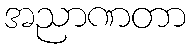
အညာဏတာ